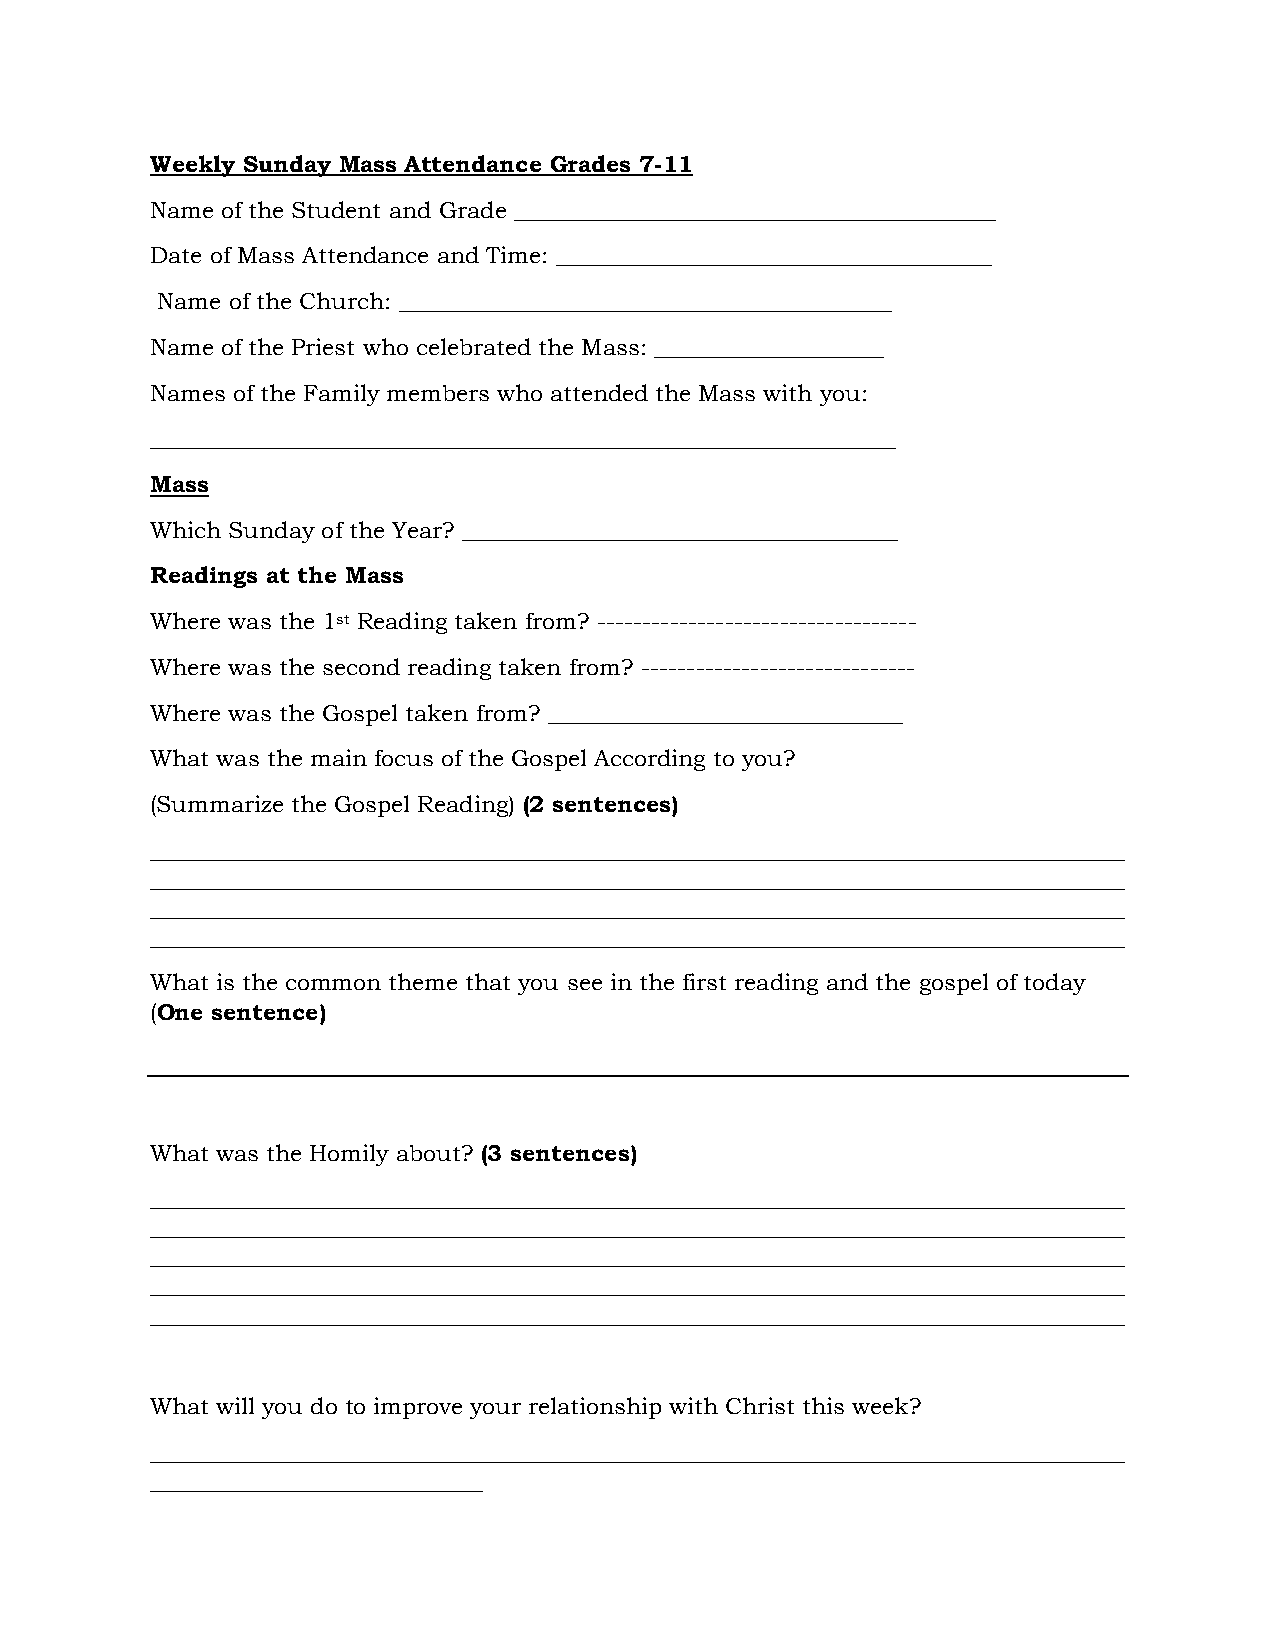
Weekly Sunday Mass Attendance Grades 7-11
 Name of the Student and Grade __________________________________________
 Date of Mass Attendance and Time: ______________________________________
 Name of the Church: ___________________________________________
 Name of the Priest who celebrated the Mass: ____________________
 Names of the Family members who attended the Mass with you:
 _________________________________________________________________
 Mass
 Which Sunday of the Year? ______________________________________
 Readings at the Mass
 Where was the 1st Reading taken from? -----------------------------------
 Where was the second reading taken from? ------------------------------
 Where was the Gospel taken from? _______________________________
 What was the main focus of the Gospel According to you?
 (Summarize the Gospel Reading) (2 sentences)
 _____________________________________________________________________________________
 _____________________________________________________________________________________
 _____________________________________________________________________________________
 _____________________________________________________________________________________
 What is the common theme that you see in the first reading and the gospel of today
 (One sentence)
 What was the Homily about? (3 sentences)
 _____________________________________________________________________________________
 _____________________________________________________________________________________
 _____________________________________________________________________________________
 _____________________________________________________________________________________
 _____________________________________________________________________________________
 What will you do to improve your relationship with Christ this week?
 _____________________________________________________________________________________
 _____________________________